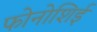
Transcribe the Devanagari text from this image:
फोनोशिई